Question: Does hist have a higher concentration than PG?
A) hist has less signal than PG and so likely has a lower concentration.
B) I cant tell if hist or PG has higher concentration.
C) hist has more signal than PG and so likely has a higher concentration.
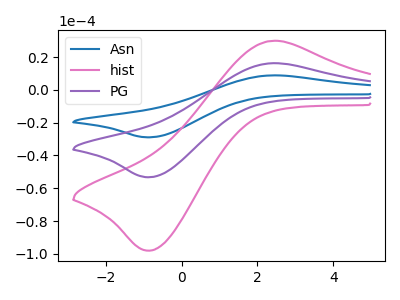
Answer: <think>The blue curve "Asn" has an anodic peak at (2.35V, 32.40uA) and a cathodic peak at (-0.80V, -106.55uA). The pink curve "hist" has an anodic peak at (2.35V, 29.80uA) and a cathodic peak at (-0.80V, -98.00uA). The purple curve "PG" has an anodic peak at (2.35V, 16.20uA) and a cathodic peak at (-0.80V, -53.25uA).
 All the peaks in "hist" have a peak in "PG" at the same potential. Every peak in "hist" is higher than every peak in "PG".</think>
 <answer>C) "hist" has more signal than "PG" and so likely has a higher concentration.</answer>
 <eval>C</eval>